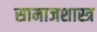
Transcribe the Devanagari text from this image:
सामाजशास्त्र